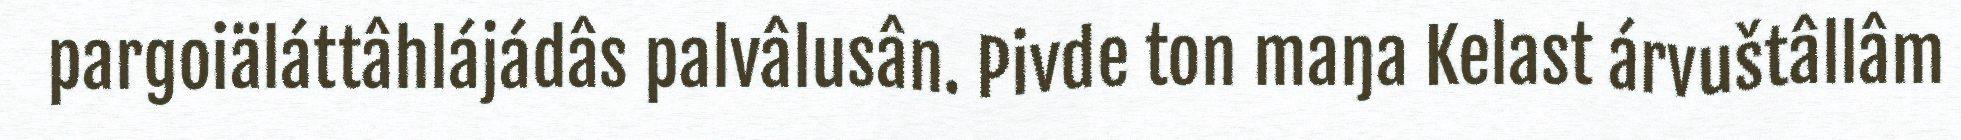
pargoiäláttâhlájádâs palvâlusân. Pivde ton maŋa Kelast árvuštâllâm